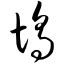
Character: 坞